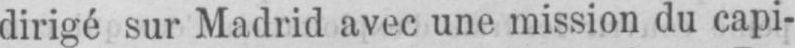
dirigé sur Madrid avec une mission du capi-